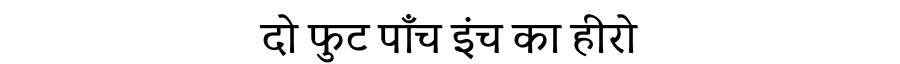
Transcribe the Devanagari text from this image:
दो फुट पाँच इंच का हीरो